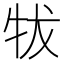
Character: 𰠮